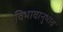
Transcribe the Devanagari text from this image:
विभावानुभाव